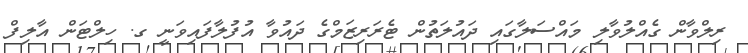
ރިލްވާން ގެއްލުވާލި މައްސަލާގައި ދައުލަތުން ޓެރަރިޒަމްގެ ދައުވާ އުފުލާފައިވަނީ ގ. ހިލްޓަން އާލިފް